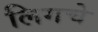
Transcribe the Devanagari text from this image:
लिगचे